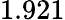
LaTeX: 1.921